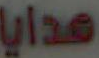
هدايا